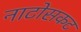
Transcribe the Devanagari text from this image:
नाटोसकट